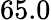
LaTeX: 65.0